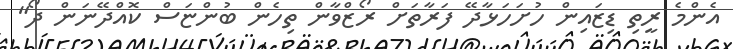
އެންމެ ރީތި ޑިޒައިން ހުށަހަޅާދޭ ފަރާތަށް ރޯޒްވާން ތިހެން ބުންޏަސް ކޮއްދޭނަން ދޯ"